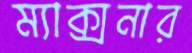
ম্যাক্সনার